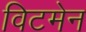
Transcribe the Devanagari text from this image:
विटमेन